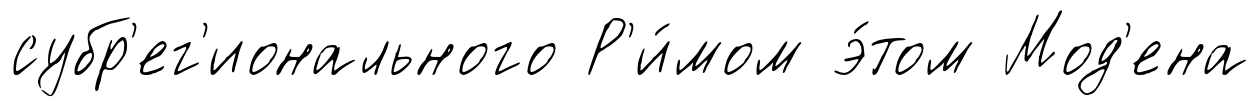
субр'ег'ионального Р'и́мом э́том Мод'ена